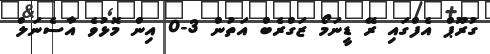
ގުރޫޕް އެފްގައި ރޭ ޑީނަމޯ ޒަގްރެބް އަތުން 3-0 އިން މޮޅުވެ އާސެނަލް